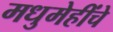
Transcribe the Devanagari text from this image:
मधुमेहींचे